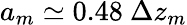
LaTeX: a_{m}\simeq 0.48~\Delta z_{m}